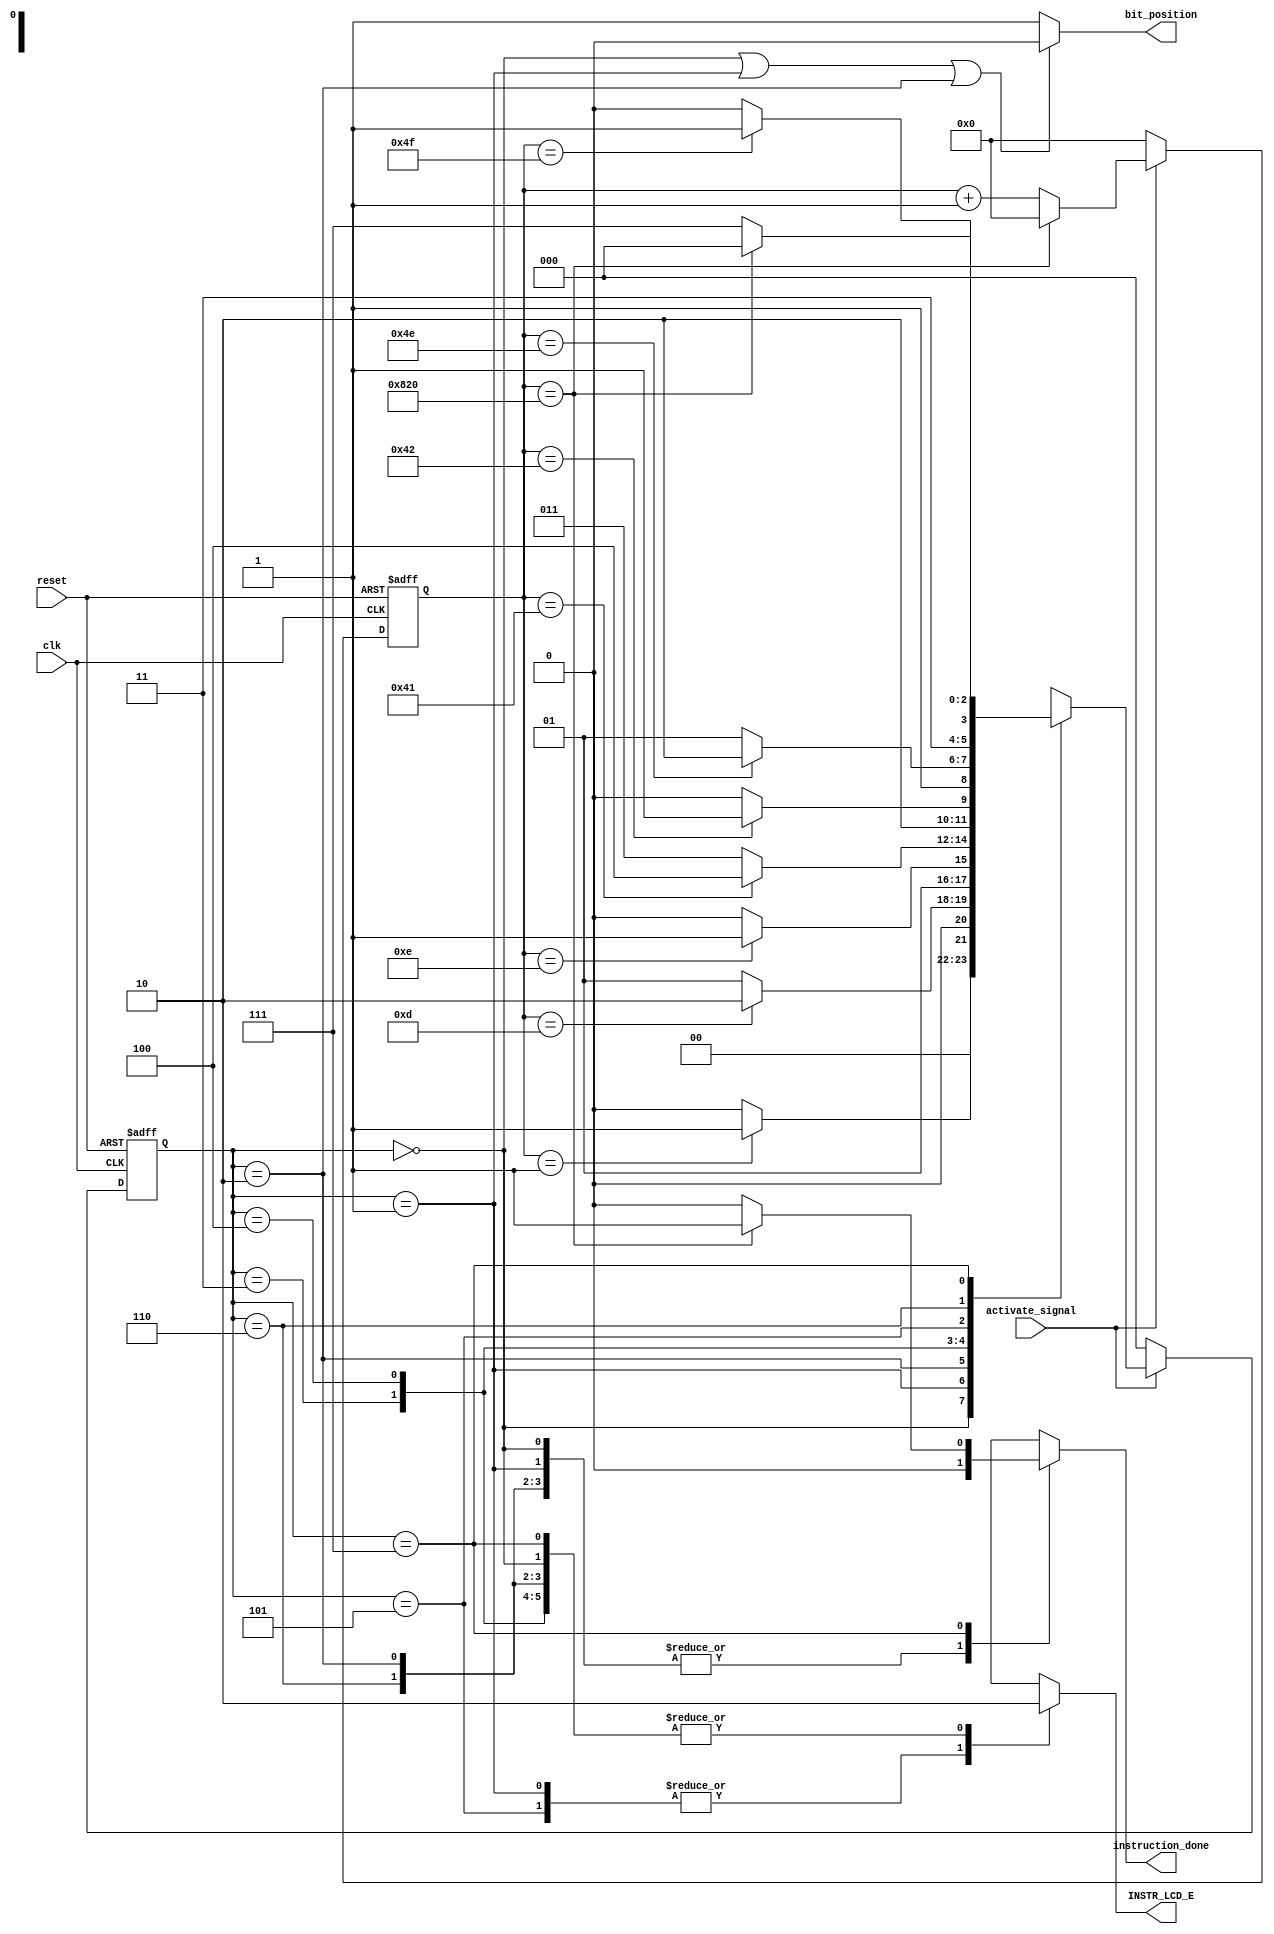
`timescale 1ns / 1ps
//////////////////////////////////////////////////////////////////////////////////
// Company: 
// Engineer: 
// 
// Design Name: 
// Module Name:    instruction_fsm 
// Project Name: 
// Target Devices: 
// Tool versions: 
// Description: 
//
// Dependencies: 
//
// Revision: 
// Revision 0.01 - File Created
// Additional Comments: 
//
//////////////////////////////////////////////////////////////////////////////////
module instruction_fsm(clk,reset,activate_signal,instruction_done,bit_position,INSTR_LCD_E);
input clk , reset , activate_signal;//LCD_E
output reg INSTR_LCD_E ;
output reg instruction_done; //carry the information that a 8-bit write process has completed
output wire bit_position; //concerning the position of bits in write position: upper or lower
reg [11:0]counter;
reg [2:0] state , next_state;


//different states
parameter
	upper_setup = 3'b000,
	upper_data = 3'b001,
	upper_hold = 3'b010,
	wait_for_lower= 3'b011,
	lower_setup = 3'b100,
	lower_data = 3'b101,
	lower_hold = 3'b110,
	end_state = 3'b111;

//counters
parameter
	initialization_delay = 'b00000000001,//2
	write_delay = 'b00000001100,//12
	hold_delay = 'b00000000001, //1
	next_bits_delay = 'b00001000001, //65 : adding previous delays
	complete_instruction_delay = 'b100000100000; //2080

parameter 
	upper = 1'b0,
	lower = 1'b1;

assign bit_position = (state == upper_setup ||
                state == upper_data  ||
                state == upper_hold ) ? upper : lower;

always@(posedge clk or posedge reset)
begin
	if(reset)
		counter = 12'b0;
	else if(!activate_signal)
		counter = 12'b0;
	else if(counter == complete_instruction_delay)
		counter = 12'b0;
	else
		counter = counter + 1'b1;
end 
		
always@(posedge clk or posedge reset)
begin
	if(reset)
		state = upper_setup;
	else if(!activate_signal)
		state = upper_setup;
	else
		state = next_state;
end 


always @ (state or counter)
begin
	case(state)
		upper_setup : 
		begin
			INSTR_LCD_E = 1'b0;
			instruction_done = 1'b0;
			next_state = (counter == initialization_delay) ? upper_data : upper_setup;
		end
		upper_data : 
		begin
			INSTR_LCD_E = 1'b1;
			instruction_done = 1'b0;
			next_state = (counter == initialization_delay + write_delay) ? upper_hold :  upper_data;
		end
		upper_hold : 
		begin
			INSTR_LCD_E = 1'b0;
			instruction_done = 1'b0;
			next_state = (counter == initialization_delay + write_delay + hold_delay) ? wait_for_lower :  upper_hold;
		end
		wait_for_lower : 
		begin
			INSTR_LCD_E = 1'b0;
			instruction_done = 1'b0;
			next_state = (counter == next_bits_delay) ? lower_setup :  wait_for_lower;
		end
		lower_setup : 
		begin
			INSTR_LCD_E = 1'b0;
			instruction_done = 1'b0;
			next_state = (counter == next_bits_delay + initialization_delay) ? lower_data : lower_setup;
		end
		lower_data : 
		begin
			INSTR_LCD_E = 1'b1;
			instruction_done = 1'b0;
			next_state = (counter == next_bits_delay + initialization_delay + write_delay) ? lower_hold : lower_data;
		end
		lower_hold : 
		begin
			INSTR_LCD_E = 1'b0;
			instruction_done = 1'b0;
			next_state = (counter == next_bits_delay + initialization_delay + write_delay + hold_delay) ? end_state : lower_hold;
		end
		end_state : 
		begin
			INSTR_LCD_E = 1'b0;
			instruction_done = (counter == complete_instruction_delay ) ? 1'b1 : 1'b0;
			next_state = (counter == complete_instruction_delay ) ? upper_setup : end_state;
		end
		
	endcase
end
endmodule